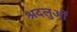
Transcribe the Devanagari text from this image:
श्रदलुओं